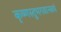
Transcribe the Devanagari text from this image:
कृष्णस्तुभगवान्स्वयं